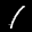
Label: 1